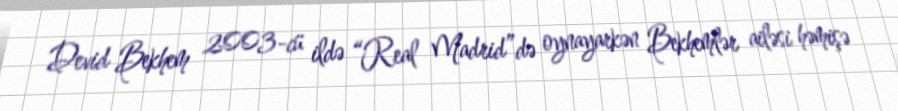
Devid Bekhem 2003-cü ildə “Real Madrid”də oynayarkən Bekhemlər ailəsi həmişə